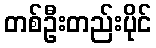
တစ်ဦးတည်းပိုင်